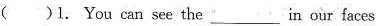
( )1. You can see the in our faces